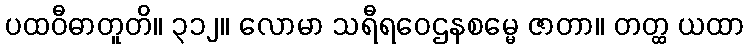
ပထဝီဓာတူတိ။ ၃၁၂။ လောမာ သရီရဝေဌနစမ္မေ ဇာတာ။ တတ္ထ ယထာ